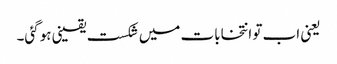
یعنی اب تو انتخابات میں شکست یقینی ہوگئی۔